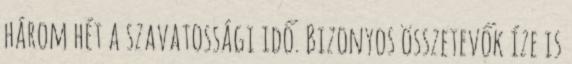
három hét a szavatossági idő. Bizonyos összetevők íze is